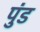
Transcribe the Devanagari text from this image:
पुंड